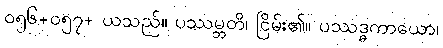
ဝ၅၆+၀၅၇+ ယသည်။ ပဿမ္ဘတိ၊ ငြိမ်း၏။ ပဿဒ္ဓကာယော၊